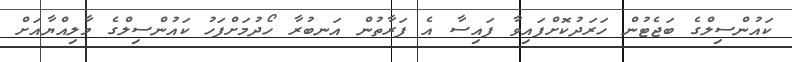
ކައުންސިލްގެ ބަޖެޓުން ހަރަދުކޮށްފައިވާ ފައިސާ އެ ފަރާތުން އަނބުރާ ހޯދުމަށްފަހު ކައުންސިލްގެ މާލިއްޔާއަށް